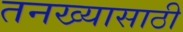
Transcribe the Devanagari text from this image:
तनख्यासाठी